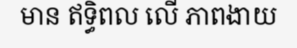
មាន ឥទ្ធិពល លើ ភាពងាយ